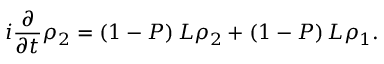
i { \frac { \partial } { \partial t } } \rho _ { 2 } = \left( 1 - P \right) L \rho _ { 2 } + \left( 1 - P \right) L \rho _ { 1 } .